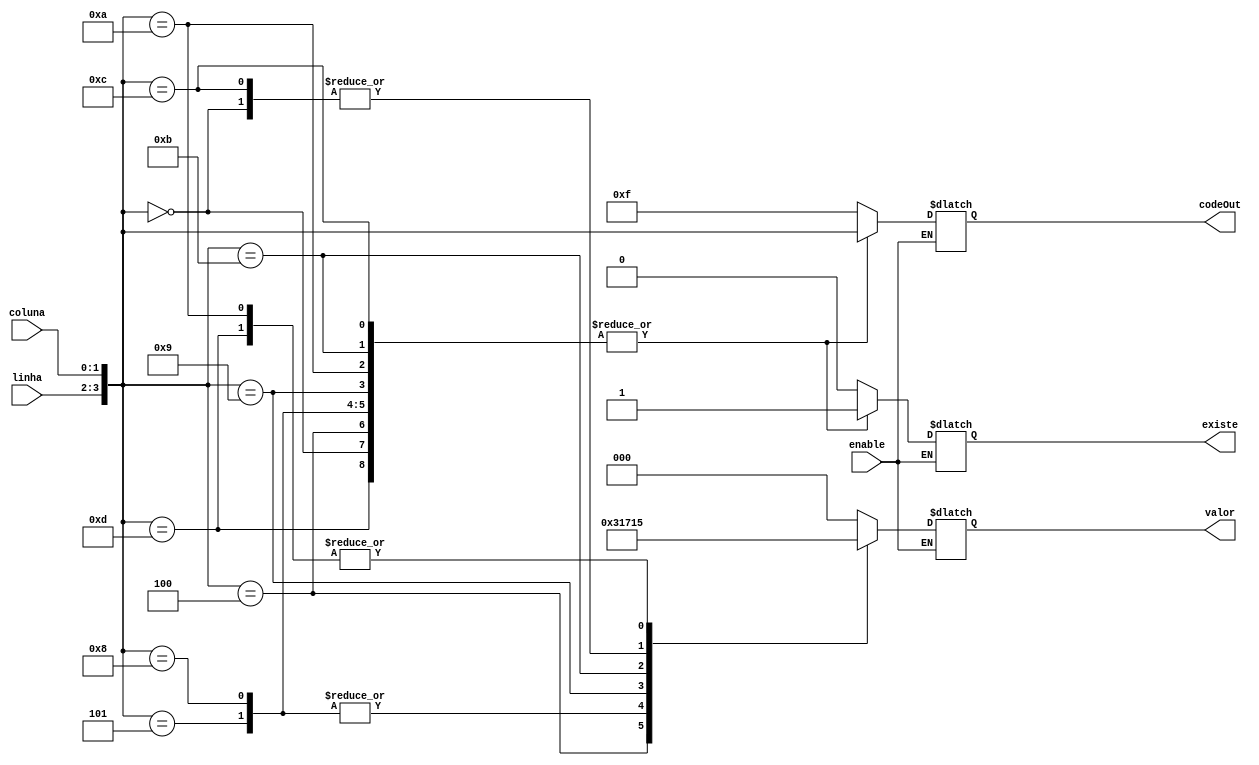
module selecionador (
	 input wire enable,
    input  wire [1:0] linha, coluna,
	 output reg [2:0] valor,
    output reg [3:0] codeOut,
    output reg existe
);
reg [3:0] code;

initial existe =0;    

always @ (linha or coluna) begin
	if(enable) begin
    code = {linha[1], linha[0], coluna[1], coluna[0]};
    case (code)
				4'b0000: begin     // refri
            codeOut <= code;
            valor <= 3'b010;
            existe <= 1;
        end
            4'b0100: begin     // salgadinhos
            codeOut <= code;
            valor <= 3'b110;
            existe <= 1;
        end
            4'b0101: begin     // amendoim
            codeOut <= code;
            valor <= 3'b001;
            existe <= 1;
        end
            4'b1000: begin     //agua
            codeOut <= code;
            valor <= 3'b001;    
            existe <= 1;
        end
            4'b1001: begin     //suco
            codeOut <= code;
            valor <= 3'b011;
            existe <= 1;
        end
            4'b1010: begin     // agua de coco
            codeOut <= code;
            valor <= 3'b101;
            existe <= 1;
        end
            4'b1011: begin     // cafe
            codeOut <= code;
            valor <= 3'b100;
            existe <= 1;
        end
            4'b1100: begin     //sanduiche
            codeOut <= code;
            valor <= 3'b010;
            existe <= 1;
        end
            4'b1101: begin     //sanduiche nat
            codeOut <= code;
            valor <= 3'b101;
            existe <= 1;
        end
        default: begin      //prod inexistente
            existe <= 0;
            codeOut <= 4'b1111;
            valor <= 0;
        end
     endcase
	 end
end

endmodule